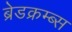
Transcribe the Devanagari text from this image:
ब्रेडक्रम्ब्स